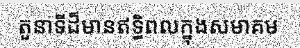
តួនាទីដ៏មានឥទ្ធិពលក្នុងសមាគម